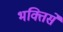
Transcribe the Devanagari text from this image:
भक्तिसे